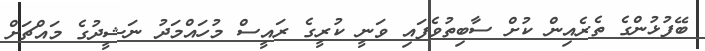
ބޭފުޅުންގެ ތެރެއިން ކުށް ސާބިތުވެފައި ވަނީ ކުރީގެ ރައީސް މުހައްމަދު ނަޝީދުގެ މައްޗަށް